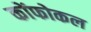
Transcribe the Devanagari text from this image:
कोंफोकल